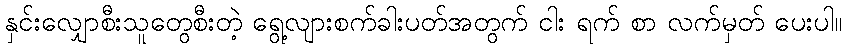
နှင်းလျှောစီးသူတွေစီးတဲ့ ရွေ့လျားစက်ခါးပတ်အတွက် ငါး ရက် စာ လက်မှတ် ပေးပါ။